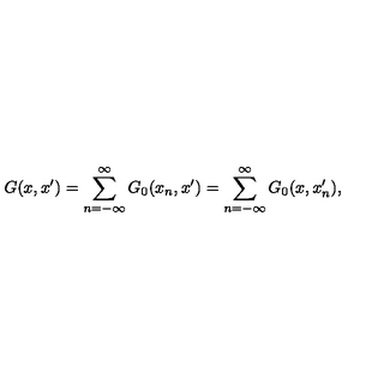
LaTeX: G ( x , x ^ { \prime } ) = \sum _ { n = - \infty } ^ { \infty } G _ { 0 } ( x _ { n } , x ^ { \prime } ) = \sum _ { n = - \infty } ^ { \infty } G _ { 0 } ( x , x _ { n } ^ { \prime } ) ,